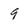
Character: 9